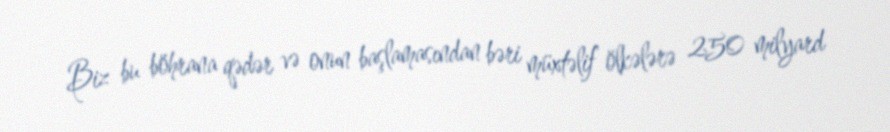
Biz bu böhrana qədər və onun başlamasından bəri müxtəlif ölkələrə 250 milyard